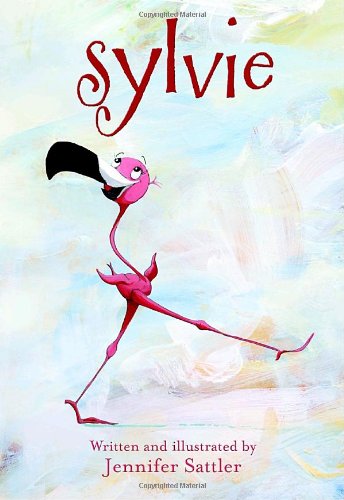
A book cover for Sylvie; Jennifer Sattler; Children's Books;